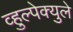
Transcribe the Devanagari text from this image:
व्हुल्पेक्युले